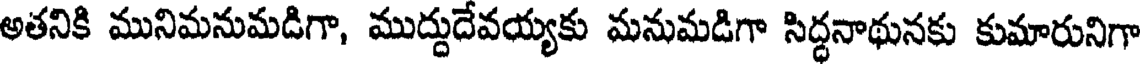
అతనికి మునిమనుమడిగా, ముద్దుదేవయ్యకు మనుమడిగా సిద్ధనాథునకు కుమారునిగా